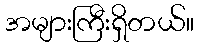
အများကြီးရှိတယ်။